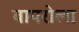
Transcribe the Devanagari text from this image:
बापरोला